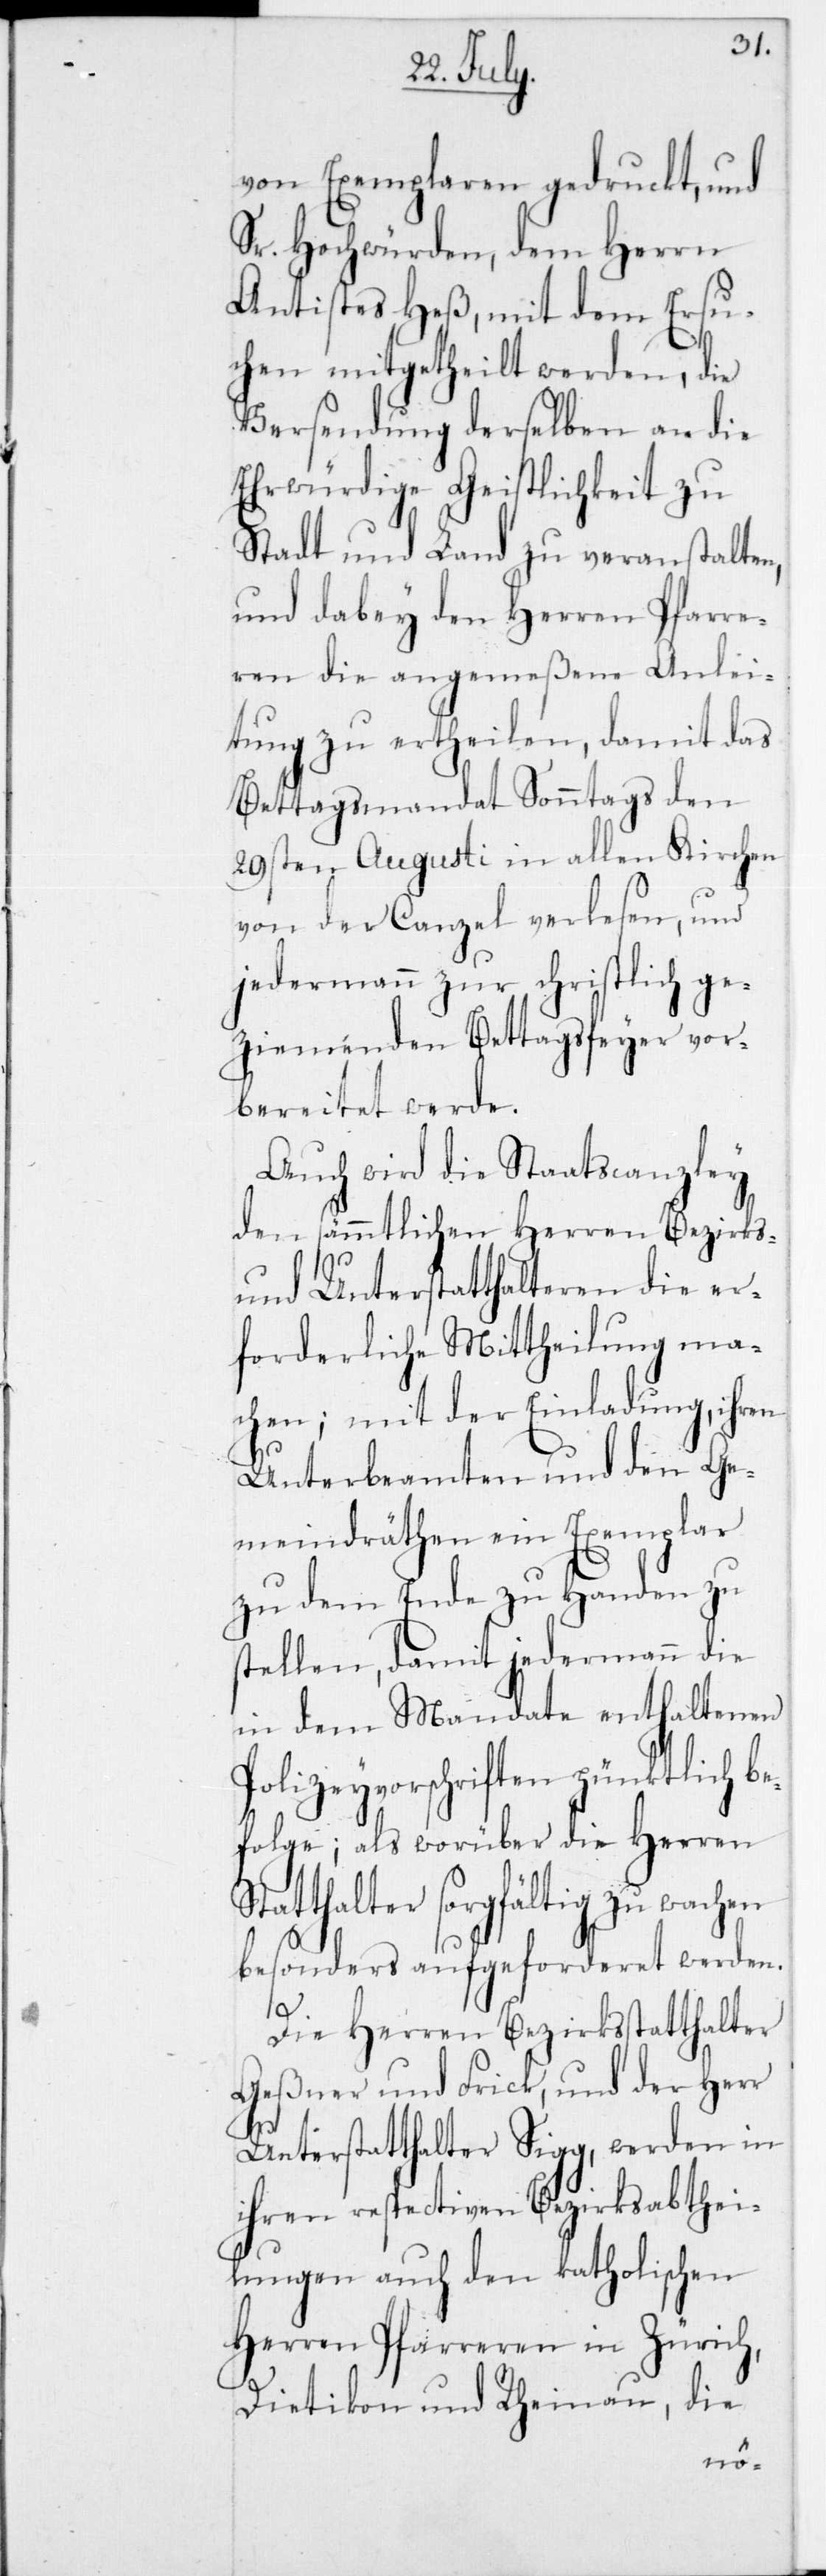
von Exemplaren gedruckt und
Sr. Hochwürden, dem Herrn
Antistes Heß, mit dem Ersu¬
chen mitgetheilt werden, die
Versendung derselben an die
Ehrwürdige Geistlichkeit zu
Stadt und Land zu veranstalten,
und dabey den Herren Pfarre¬
ren die angemeßene Anlei¬
tung zu ertheilen, damit das
Bettagsmandat Sonntags den
29sten Augusti in allen Kirchen
von der Canzel verlesen, und
jedermann zur christlich ge¬
ziemenden Bettagsfeyer vor¬
bereitet werde.
Auch wird die Staatscanzley
den sämmtlichen Herren Bezirks-
und Unterstatthalteren die er¬
forderliche Mittheilung ma¬
chen; mit der Einladung, ihren
Unterbeamten und den Ge¬
meindräthen ein Exemplar
zu dem Ende zu Handen zu
stellen, damit jedermann die
in dem Mandate enthaltenen
Polizeyvorschriften pünktlich be¬
folge; als worüber die Herren
tatthalter sorgfältig zu wachen
besonders aufgeforderet werden.
Die Herren Bezirksstatthalter
Geßner und Frick, und der Herr
Unterstatthalter Sigg, werden in
ihren respectiven Bezirksabthei¬
lungen auch den katholischen
Herren Pfarreren in Zürich,
Dietikon und Rheinau, die
S¬